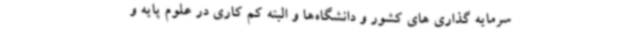
سرمایه گذاری های کشور و دانشگاه‌ها و البته کم کاری در علوم پایه و